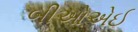
બીઓએઈ